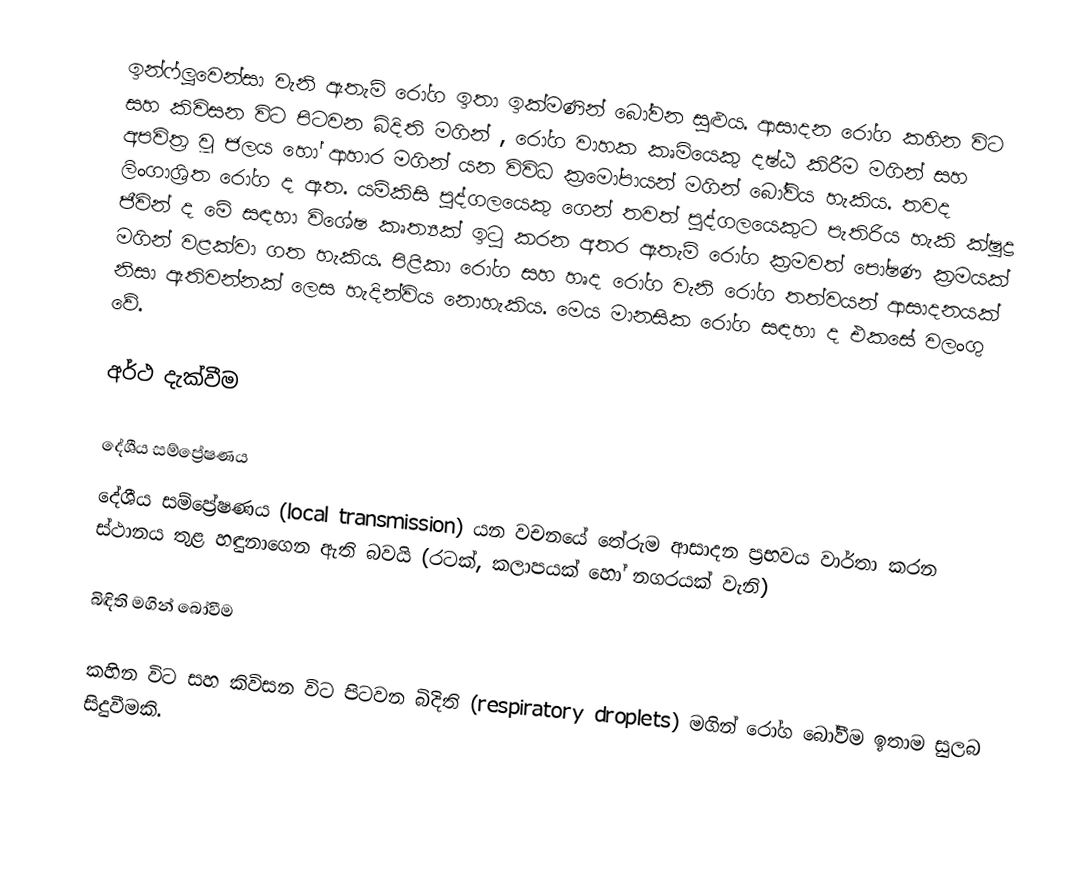
ඉන්ෆ්ලූවෙන්සා වැනි ඇතැම් රෝග ඉතා ඉක්මණින් බෝවන සුළුය. ආසාදන රෝග කහින විට සහ කිවිසන විට පිටවන බිදිති මගින් , රෝග වාහක කෘමියෙකු දෂ්ඨ කිරීම මගින් සහ අපවිත්‍ර වූ ජලය හෝ ආහාර මගින් යන විවිධ ක්‍රමෝපායන් මගින් බෝවිය හැකිය. තවද ලිංගාශ්‍රිත රෝග ද ඇත. යම්කිසි පුද්ගලයෙකු ගෙන් තවත් පුද්ගලයෙකුට පැතිරිය හැකි ක්ෂුද්‍ර ජීවින් ද මේ සඳහා විශේෂ කෘත්‍යක් ඉටු කරන අතර ඇතැම් රෝග ක්‍රමවත් පෝෂණ ක්‍රමයක් මගින් වළක්වා ගත හැකිය. පිළිකා රෝග සහ හෘද රෝග වැනි රෝග තත්වයන් ආසාදනයක් නිසා ඇතිවන්නක් ලෙස හැදින්විය නොහැකිය. මෙය මානසික රෝග සඳහා ද එකසේ වලංගු වේ.

අර්ථ දැක්වීම

දේශීය සම්ප්‍රේෂණය
දේශීය සම්ප්‍රේෂණය (local transmission) යන වචනයේ තේරුම ආසාදන ප්‍රභවය වාර්තා කරන ස්ථානය තුළ හඳුනාගෙන ඇති බවයි (රටක්, කලාපයක් හෝ නගරයක් වැනි)

බිඳිති මගින් බෝවීම

කහින විට සහ කිවිසන විට පිටවන බිදිති (respiratory droplets) මගින් රෝග බෝවීම ඉතාම සුලබ සිදුවීමකි.